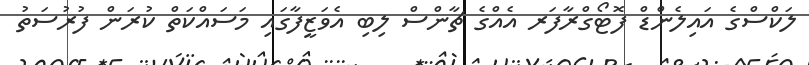
ލަކްސްގެ އައިލެންޑް ފޮޓޯގްރާފަރ އެއްގެ ޗާންސް ލިބި އެވަޒީފާގައި މަސައްކަތް ކުރަން ފުރުސަތު